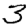
Digit: 3